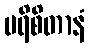
ပရိစိတာနံ